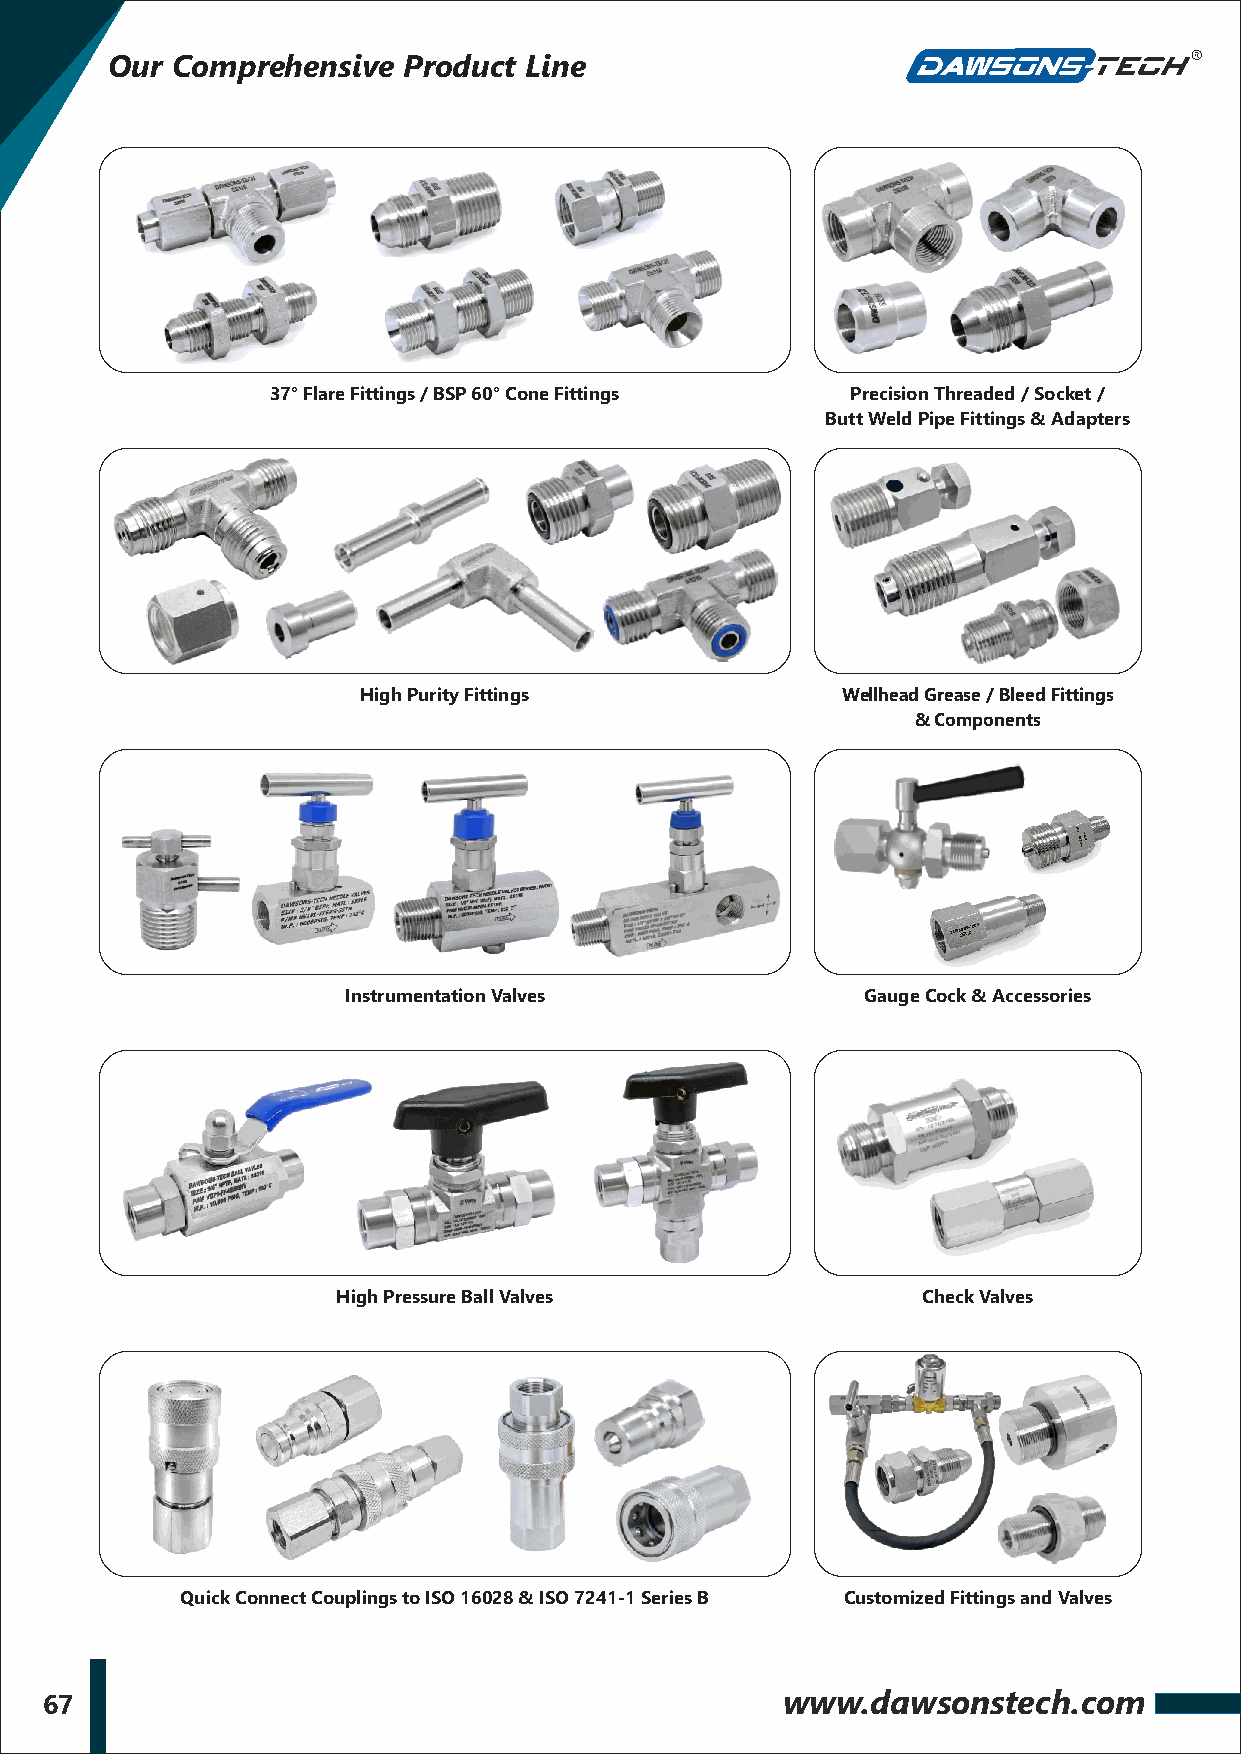
Our Comprehensive   Product Line
 37° Flare Fittings / BSP 60° Cone Fittings Precision Threaded / Socket /
 Butt Weld Pipe Fittings & Adapters
 High Purity Fittings            Wellhead Grease / Bleed Fittings
 & Components
 Instrumentation Valves            Gauge Cock & Accessories
 High Pressure Ball Valves              Check Valves
 Quick Connect Couplings to ISO 16028 & ISO 7241-1 Series B Customized Fittings and Valves
 67                                               www.dawsonstech.com